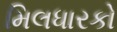
મિલધારકો